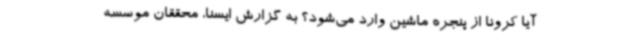
آیا کرونا از پنجره ماشین وارد می‌شود؟ به گزارش ایسنا، محققان موسسه